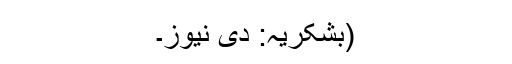
(بشکریہ: دی نیوز۔